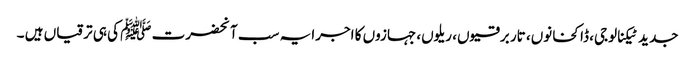
جدید ٹیکنالوجی، ڈاکخانوں، تار برقیوں، ریلوں، جہازوں کا اجرا یہ سب آنحضرت ﷺ کی ہی ترقیاں ہیں ۔